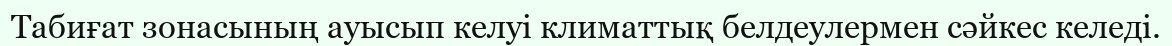
Табиғат зонасының ауысып келуі климаттық белдеулермен сәйкес келеді.